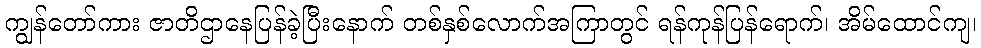
ကျွန်တော်ကား ဇာတိဌာနေပြန်ခဲ့ပြီးနောက် တစ်နှစ်လောက်အကြာတွင် ရန်ကုန်ပြန်ရောက်၊ အိမ်ထောင်ကျ၊